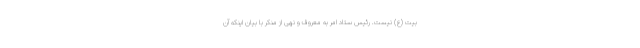
بیت (ع) نیست. رئیس ستاد امر به معروف و نهی از منکر با بیان اینکه آن